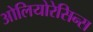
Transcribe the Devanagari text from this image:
ओलियोरेसिन्स